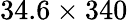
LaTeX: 34.6\times 340